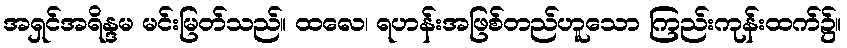
အရှင်အရိန္ဒမ မင်းမြတ်သည်။ ထလေ၊ ရဟန်းအဖြစ်တည်ဟူသော ကြည်းကုန်းထက်၌။